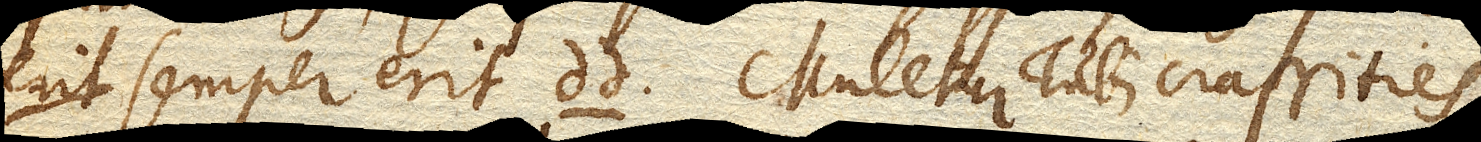
semper erit dd. Mutetur Tubi crassities